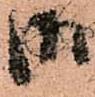
御